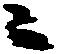
々